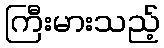
ကြီးမားသည့်